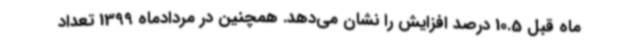
ماه قبل 10.5 درصد افزایش را نشان می‌دهد. همچنین در مردادماه 1399 تعداد